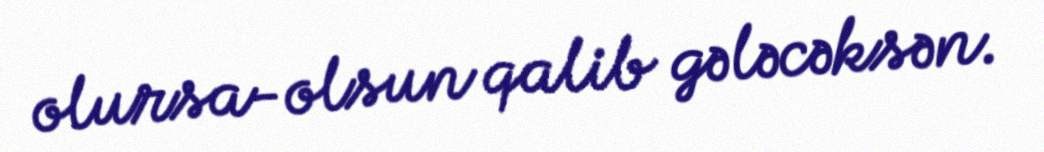
olursa-olsun qalib gələcəksən.